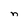
Character: n